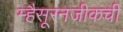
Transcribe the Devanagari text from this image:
म्हैसूरनजीकची